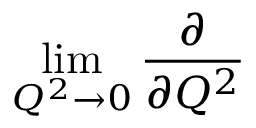
\operatorname * { l i m } _ { Q ^ { 2 } \to { 0 } } \frac { \partial } { \partial { Q ^ { 2 } } }